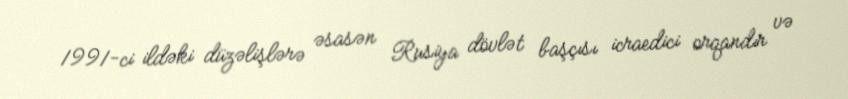
1991-ci ildəki düzəlişlərə əsasən Rusiya dövlət başçısı icraedici orqandır və